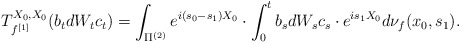
\begin{align*}T_{f^{[1]}}^{X_0,X_0}(b_tdW_tc_t) = \int_{\Pi^{(2)}} e^{i(s_0-s_1)X_0}\cdot \int_0^tb_sdW_sc_s \cdot e^{is_1X_0}d\nu_f(x_0,s_1).\end{align*}